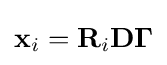
{\textstyle \mathbf {x} _{i}=\mathbf {R} _{i}\mathbf {D} \mathbf {\Gamma } }